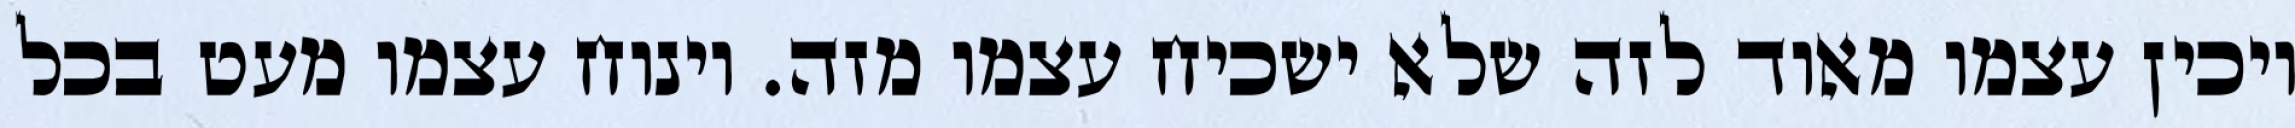
ויכין עצמו מאוד לזה שלא ישכיח עצמו מזה. וינוח עצמו מעט בכל